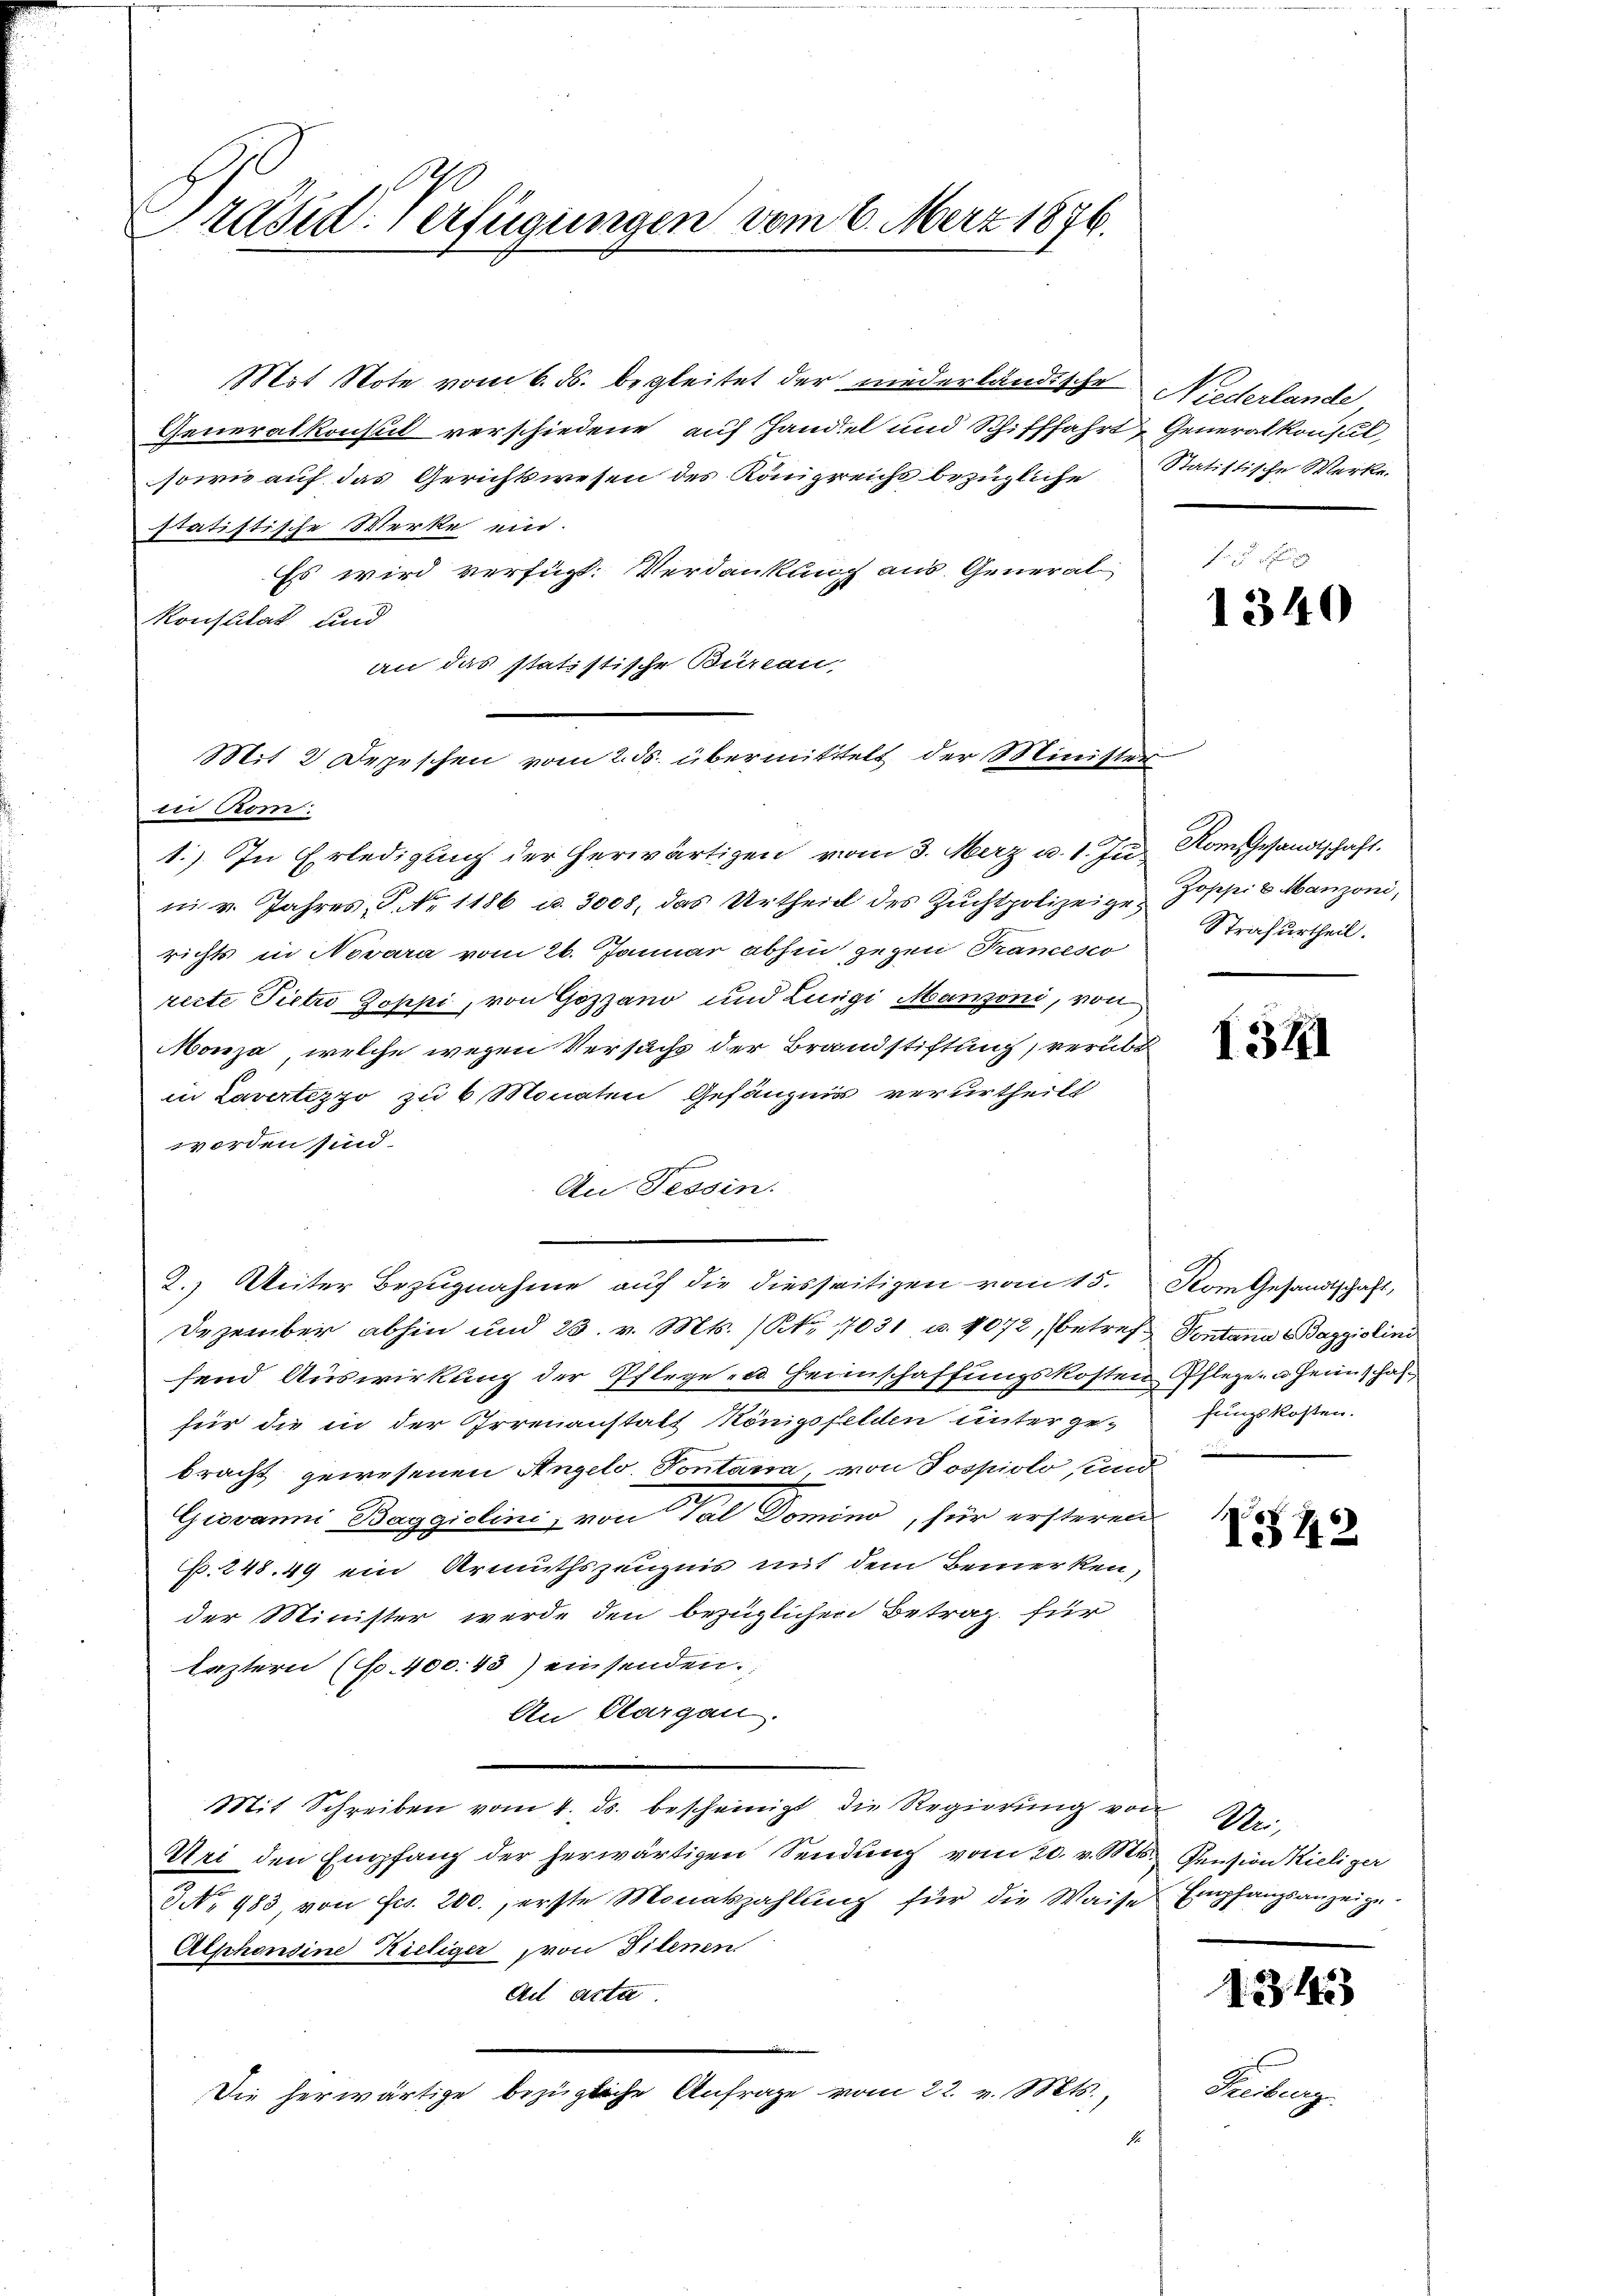
Präsid. Verfügungen vom 6. März 1876.

Mot Note vom 6. ds. begleitet der niederländische Niederlande,
Generalkonsul verschiedene auf Handel und Schifffahrt Generalkonsul
sowie auf das Gerichtswesen des Königreichs bezügliche Statistische Werke.
statistische Werke ein.
Es wird verfügt. Verdankung aus. General
Konsulat und
an das statistische Bureau,
in Ror
1.) In Erledigung der herwärtigen vom 3. Merz u. 1. Ju Komesandtschaft.
ni v. Jahres, P. Nr. 1186 u. 3008, das Urtheil des Zŭchtpolizeige-Josefei & Manzoni,
richts in Novara vom 26. Januar abhin gegen Francesco
recte Pietro Zoppi, von Gozzano und Luigi Manzoni, von
Monza, welche wegen Versuchs der Brandstiftung, verübe
in Lavertezzo zu 6 Monaten Gefängnis verurtheilt
worden sind.
An Tessin.
2.) Weiter Bezugnahme auf die diesseitigen vom 15. Vom Gesandtschaft,
Dezember abhin und 23. v. Mts. (Nr. 17031 u. 1072, (betref Pontana Baggiolini
send Auswirkung der Pflege u. Heimschaffungskosten Pflegen Heimschaffür die in der Irrenanstalt Königsfelden unter ge-
bracht gewesenen Angelo. Pontana, von Jospiolo und
Giovanni Baggiolini, von Tal Domino, für ersteren
P. 248. 49 ein Armuthszeugnis mit dem Bemerken,
der Minister werde den bezüglichen Betrag für
leztern (S. 400. 43) einsenden.
An Klargau.
Mit Schreiben vom 4. ds. bescheinigt die Regierŭng von Uster-
Uri den Empfang der herwärtigen Sendung vom 20. v. Mts. Pension Kieliger
3 No 983, von Frs. 200., erste Monatszahlung für die Waise Empfangsanzeige
Alschondine Kieliger von Dilenen
Ad acta
Die herwärtige bezügliche Anfrage vom 22. v. Mts.,
1

Mit 2 Depeschen vom 2. ds. übermittelt der Minister

1340

Strafurtheil.

I.71

fungskosten.

1542

1.3.1923

Huberg.